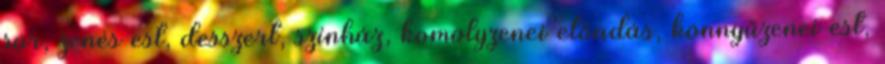
sör, zenés est, desszert, színház, komolyzenei előadás, könnyűzenei est,